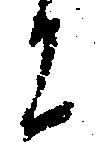
に